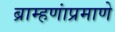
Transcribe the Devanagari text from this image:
ब्राम्हणांप्रमाणे